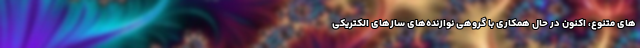
های متنوع، اکنون در حال همکاری با گروهی نوازنده‌های سازهای الکتریکی